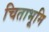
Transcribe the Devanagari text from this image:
चिताभूमि